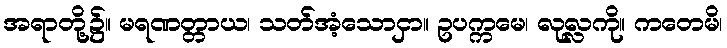
အရာတို့၌။ မရဏတ္တာယ၊ သတ်အံ့သောငှာ။ ဥပက္ကမေ၊ လုလ္လကို။ ကတေမိ၊